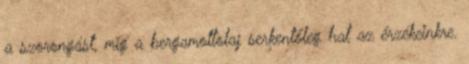
a szorongást, míg a bergamottolaj serkentőleg hat az érzékeinkre.